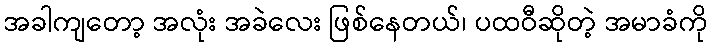
အခါကျတော့ အလုံး အခဲလေး ဖြစ်နေတယ်၊ ပထဝီဆိုတဲ့ အမာခံကို